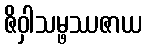
ဇိဝှါသမ္ဖဿဇာယ